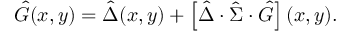
\hat { G } ( x , y ) = \hat { \Delta } ( x , y ) + \left[ \hat { \Delta } \cdot \hat { \Sigma } \cdot \hat { G } \right] ( x , y ) .